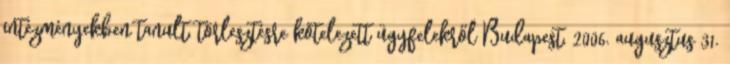
intézményekben tanult, törlesztésre kötelezett ügyfelekről Budapest, 2006. augusztus 31.